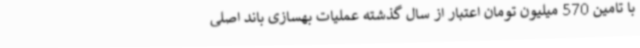
با تامین 570 میلیون تومان اعتبار از سال گذشته عملیات بهسازی باند اصلی